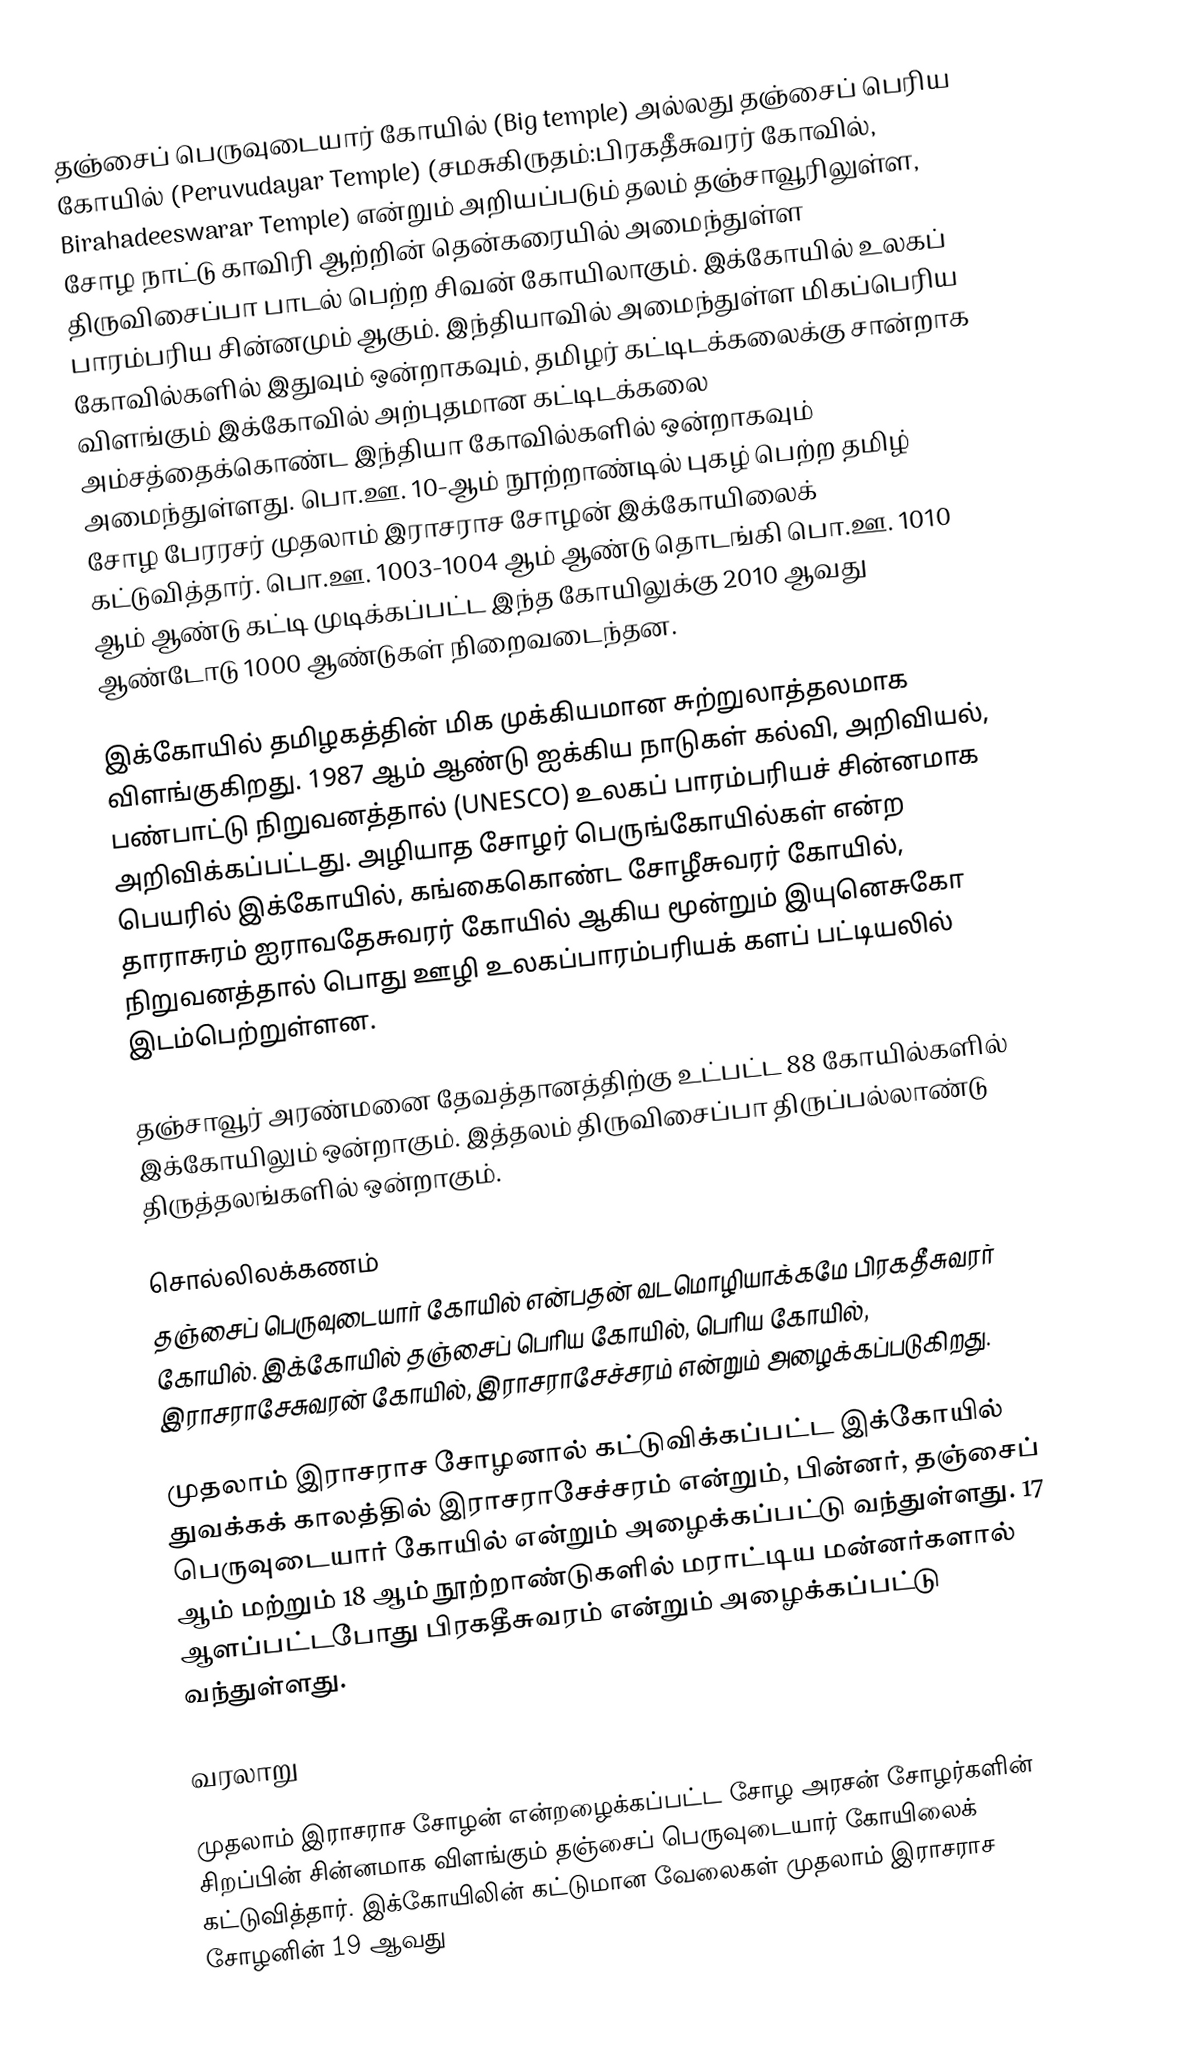
தஞ்சைப் பெருவுடையார்  கோயில் (Big temple) அல்லது தஞ்சைப் பெரிய கோயில் (Peruvudayar Temple) (சமசுகிருதம்:பிரகதீசுவரர் கோவில், Birahadeeswarar Temple) என்றும் அறியப்படும் தலம் தஞ்சாவூரிலுள்ள, சோழ நாட்டு காவிரி ஆற்றின் தென்கரையில் அமைந்துள்ள திருவிசைப்பா பாடல் பெற்ற  சிவன் கோயிலாகும். இக்கோயில் உலகப் பாரம்பரிய சின்னமும் ஆகும். இந்தியாவில் அமைந்துள்ள மிகப்பெரிய கோவில்களில் இதுவும் ஒன்றாகவும், தமிழர் கட்டிடக்கலைக்கு சான்றாக விளங்கும் இக்கோவில் அற்புதமான கட்டிடக்கலை அம்சத்தைக்கொண்ட இந்தியா கோவில்களில் ஒன்றாகவும் அமைந்துள்ளது. பொ.ஊ. 10-ஆம் நூற்றாண்டில் புகழ் பெற்ற தமிழ் சோழ பேரரசர் முதலாம் இராசராச சோழன் இக்கோயிலைக் கட்டுவித்தார். பொ.ஊ. 1003-1004 ஆம் ஆண்டு தொடங்கி பொ.ஊ. 1010 ஆம் ஆண்டு கட்டி முடிக்கப்பட்ட இந்த கோயிலுக்கு 2010 ஆவது ஆண்டோடு 1000 ஆண்டுகள் நிறைவடைந்தன.

இக்கோயில் தமிழகத்தின் மிக முக்கியமான சுற்றுலாத்தலமாக விளங்குகிறது. 1987 ஆம் ஆண்டு ஐக்கிய நாடுகள் கல்வி, அறிவியல், பண்பாட்டு நிறுவனத்தால் (UNESCO) உலகப் பாரம்பரியச் சின்னமாக அறிவிக்கப்பட்டது. அழியாத சோழர் பெருங்கோயில்கள் என்ற பெயரில் இக்கோயில், கங்கைகொண்ட சோழீசுவரர் கோயில், தாராசுரம் ஐராவதேசுவரர் கோயில் ஆகிய மூன்றும் இயுனெசுகோ நிறுவனத்தால் பொது ஊழி உலகப்பாரம்பரியக் களப் பட்டியலில் இடம்பெற்றுள்ளன.

தஞ்சாவூர் அரண்மனை தேவத்தானத்திற்கு உட்பட்ட 88 கோயில்களில் இக்கோயிலும் ஒன்றாகும். இத்தலம் திருவிசைப்பா திருப்பல்லாண்டு திருத்தலங்களில் ஒன்றாகும்.

சொல்லிலக்கணம்
தஞ்சைப் பெருவுடையார் கோயில் என்பதன் வடமொழியாக்கமே பிரகதீசுவரர் கோயில். இக்கோயில் தஞ்சைப் பெரிய கோயில், பெரிய கோயில், இராசராசேசுவரன் கோயில், இராசராசேச்சரம் என்றும் அழைக்கப்படுகிறது.

முதலாம் இராசராச சோழனால் கட்டுவிக்கப்பட்ட இக்கோயில் துவக்கக் காலத்தில் இராசராசேச்சரம் என்றும், பின்னர்,  தஞ்சைப் பெருவுடையார் கோயில் என்றும் அழைக்கப்பட்டு வந்துள்ளது. 17 ஆம் மற்றும் 18 ஆம் நூற்றாண்டுகளில் மராட்டிய மன்னர்களால் ஆளப்பட்டபோது பிரகதீசுவரம் என்றும் அழைக்கப்பட்டு வந்துள்ளது.

வரலாறு

முதலாம் இராசராச சோழன் என்றழைக்கப்பட்ட சோழ அரசன் சோழர்களின் சிறப்பின் சின்னமாக விளங்கும் தஞ்சைப் பெருவுடையார் கோயிலைக் கட்டுவித்தார். இக்கோயிலின் கட்டுமான வேலைகள் முதலாம் இராசராச சோழனின் 19 ஆவது